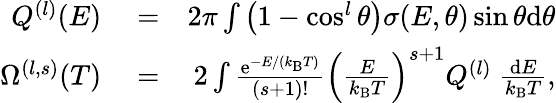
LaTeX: \begin{array}{rlr}{Q^{(l)}(E)}&{{}=}&{2\pi\int\left(1-\cos^{l}\theta\right)\sigma(E,\theta)\sin\theta\mathrm{d}\theta}\\ {\Omega^{(l,s)}(T)}&{{}=}&{2\int\frac{\mathrm{e}^{-E/(k_{\mathrm{B}}T)}}{(s+1)!}\left(\frac{E}{k_{\mathrm{B}}T}\right)^{s+1}Q^{(l)}~\frac{\mathrm{d}E}{k_{\mathrm{B}}T},}\end{array}